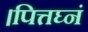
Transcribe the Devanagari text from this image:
।पित्तघ्नं